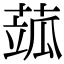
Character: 𦶍